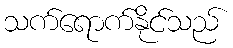
သက်ရောက်နိုင်သည်